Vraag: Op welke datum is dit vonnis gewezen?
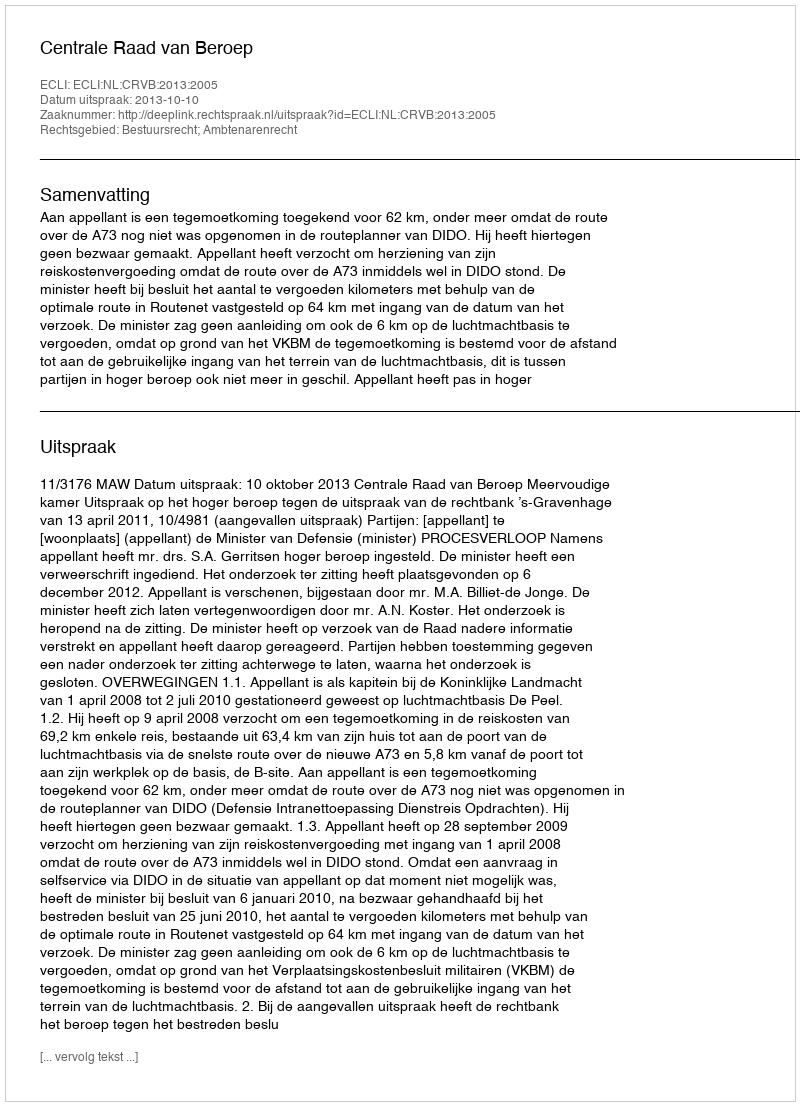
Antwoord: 2013-10-10